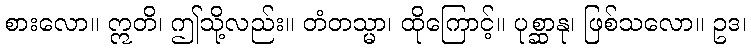
စားလော။ ဣတိ၊ ဤသို့လည်း။ တံတသ္မာ၊ ထိုကြောင့်။ ပုစ္ဆာနု၊ ဖြစ်သလော။ ဥဒ၊